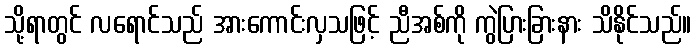
သို့ရာတွင် လရောင်သည် အားကောင်းလှသဖြင့် ညီအစ်ကို ကွဲပြားခြားနား သိနိုင်သည်။